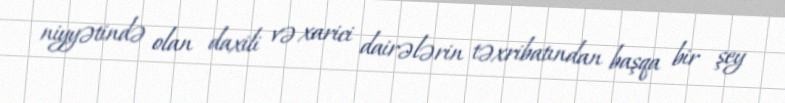
niyyətində olan daxili və xarici dairələrin təxribatından başqa bir şey